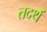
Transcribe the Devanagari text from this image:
तदर्थं